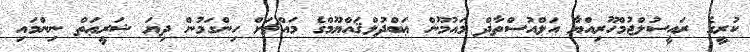
ކުރީގެ ރައީސުލްޖުމްހޫރިއްޔާ އަލްއުސްތާޛް މައުމޫން ޢަބްދުލްޤައްޔޫމްގެ މައްޗަށް ހިންގަމުން ދިޔަ ޝަރީޢަތް ނިންމައި